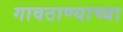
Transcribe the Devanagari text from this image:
गावठाण्याच्या